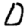
Digit: 0